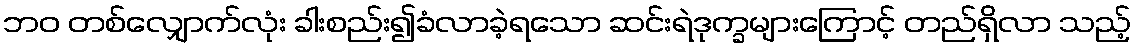
ဘဝ တစ်လျှောက်လုံး ခါးစည်း၍ခံလာခဲ့ရသော ဆင်းရဲဒုက္ခများကြောင့် တည်ရှိလာ သည့်